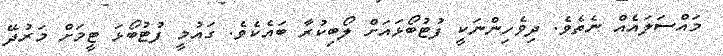
މައްސަލައެއް ނެތެވެ. ދިވެހިންނަކީ ފުޓުބޯޅައަށް ލޯބިކުރާ ބައެކެވެ. ގައުމީ ފުޓުބޯޅަ ޓީމަށް މަރުދޭ